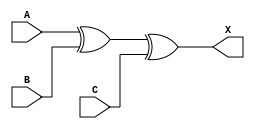
module sky130_fd_sc_lp__xor3_3 (
    X,
    A,
    B,
    C
);
    output X;
    input  A;
    input  B;
    input  C;
    wire xor0_out_X;
    xor xor0 (xor0_out_X, A, B, C        );
    buf buf0 (X         , xor0_out_X     );
endmodule